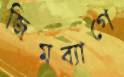
জিমব্যাগে